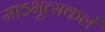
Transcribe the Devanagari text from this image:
माऽभूत्सकलं